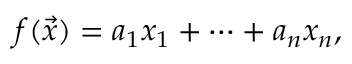
f ( { \vec { x } } ) = a _ { 1 } x _ { 1 } + \cdots + a _ { n } x _ { n } ,